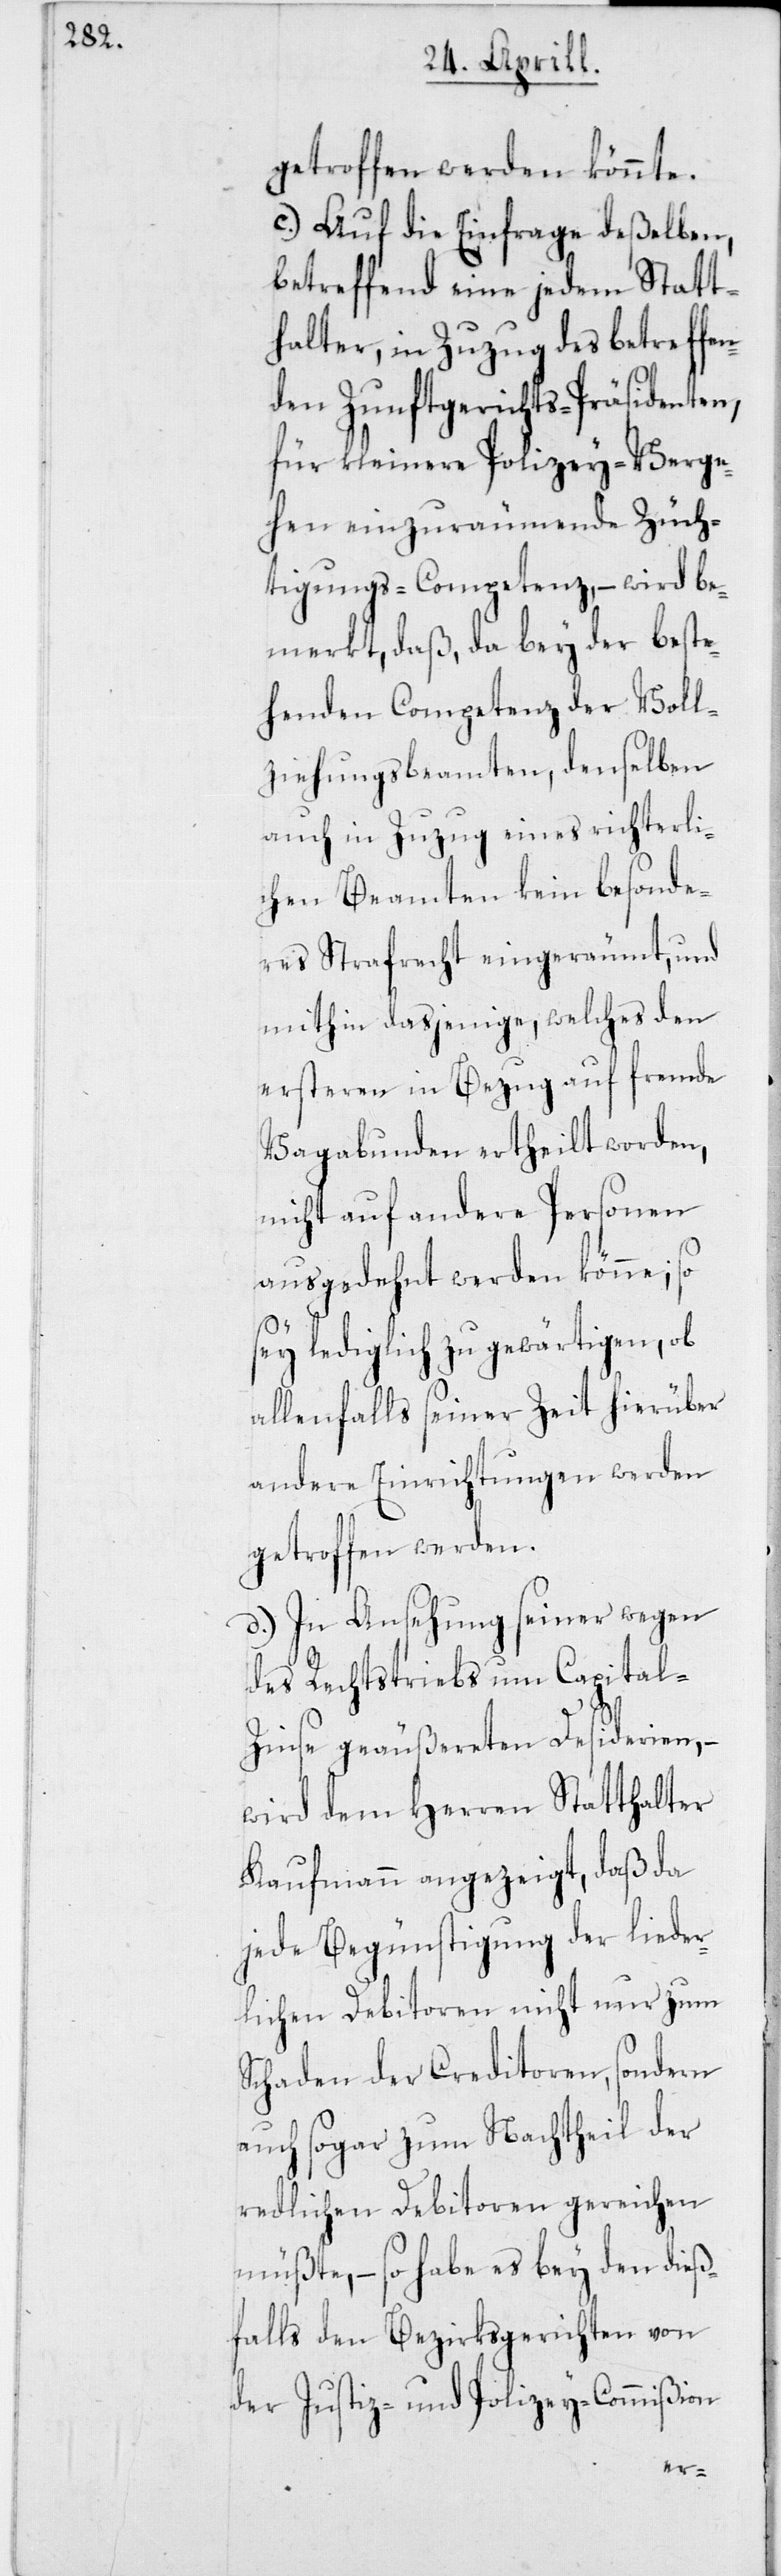
getroffen werden könnte.
c) Auf die Einfrage deßelben,
betreffend eine jedem Statt¬
halter, in Zuzug des betreffen¬
den Zunftgerichts-Präsidenten,
für kleinere Polizey-Verge¬
hen einzuräumende Züch¬
tigungs-Competenz, – wird be¬
merkt, daß, da bey der beste¬
henden Competenz der Voll¬
ziehungsbeamten, denselben
auch in Zuzug eines richterli¬
chen Beamten kein besonde¬
res Strafrecht eingeräumt, und
mithin dasjenige, welches den
ersteren in Bezug auf fremde
Vagabunden ertheilt worden,
nicht auf andere Personen
ausgedehnt werden könne; so
sey lediglich zu gewärtigen, ob
allenfalls seiner Zeit hierüber
andere Einrichtungen werden
getroffen werden.
d) In Ansehung seiner wegen
des Rechtstriebs um Capital-Z¬
inse geäußereten Desiderien,
wird dem Herren Statthalter
Kaufmann angezeigt, daß da
jede Begünstigung der lieder¬
lichen Debitoren nicht nur zum
Schaden der Creditoren, sondern
auch sogar zum Nachtheil der
redlichen Debitoren gereichen
müßte, – so habe es bey den dieß¬
falls den Bezirksgerichten von
der Justiz- und Polizey-Commißion